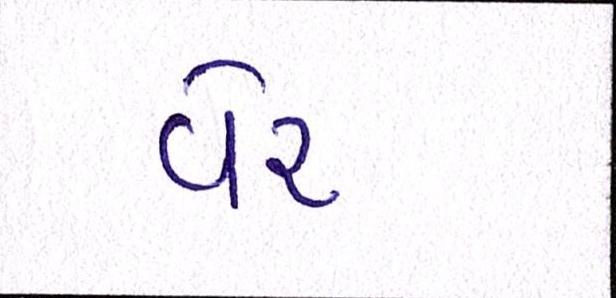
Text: વેર